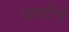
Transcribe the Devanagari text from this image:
धाबीचे